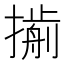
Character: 𢵏